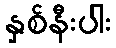
နှစ်နီးပါး